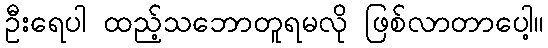
ဦးရေပါ ထည့်သဘောတူရမလို ဖြစ်လာတာပေါ့။